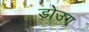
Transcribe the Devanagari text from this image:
डोउग